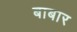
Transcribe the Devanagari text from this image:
बाबार